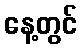
နေ့တွင်